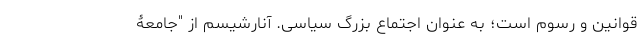
قوانین و رسوم است؛ به عنوان اجتماع بزرگ سیاسی. آنارشیسم از "جامعۀ